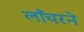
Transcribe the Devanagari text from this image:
लाँचरने